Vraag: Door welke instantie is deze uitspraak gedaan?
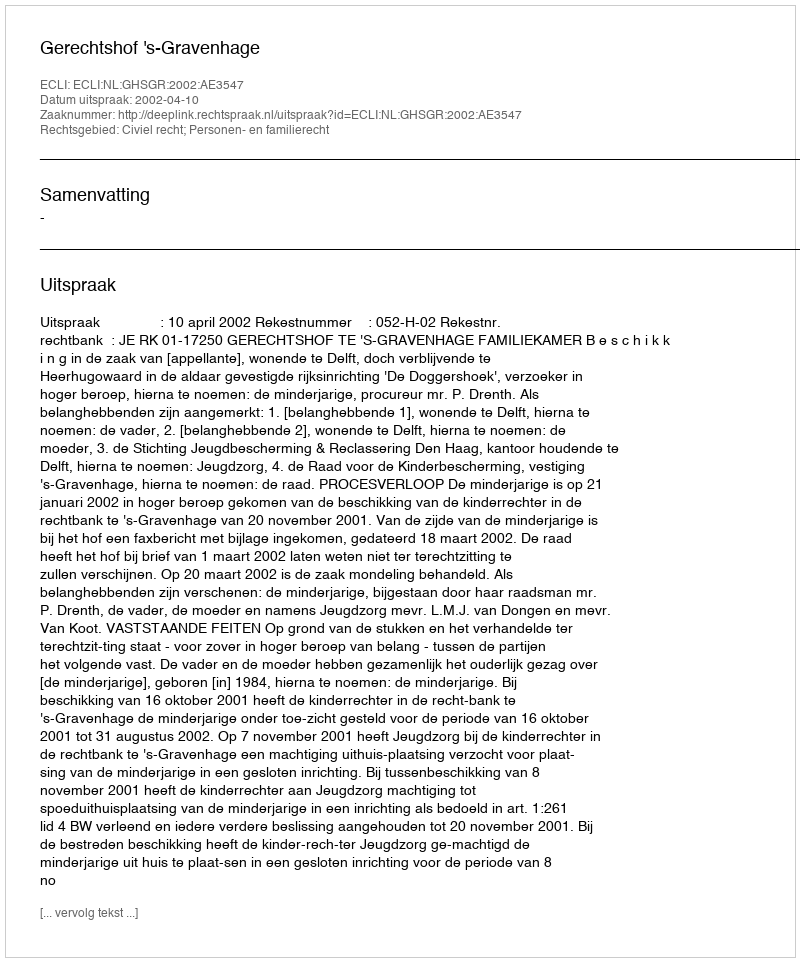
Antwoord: Gerechtshof 's-Gravenhage